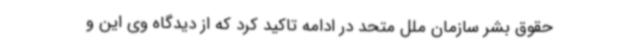
حقوق بشر سازمان ملل متحد در ادامه تاکید کرد که از دیدگاه وی این و